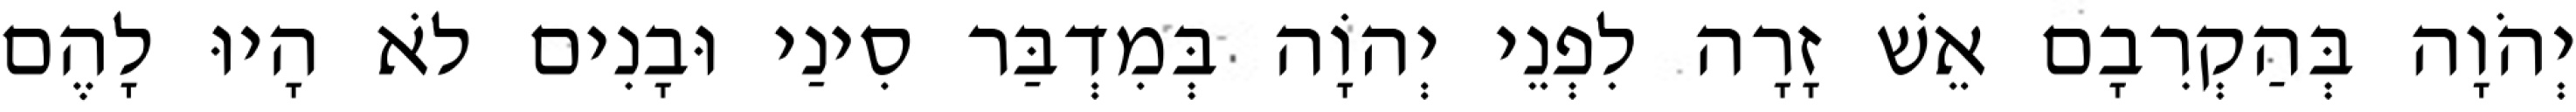
יְהֹוָה בְּהַקְרִבָם אֵשׁ זָרָה לִפְנֵי יְהוָֹה בְּמִדְבַּר סִינַי וּבָנִים לֹא הָיוּ לָהֶם